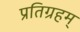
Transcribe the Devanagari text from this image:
प्रतिग्रहम्